Scottish Certificate of Education, 1962
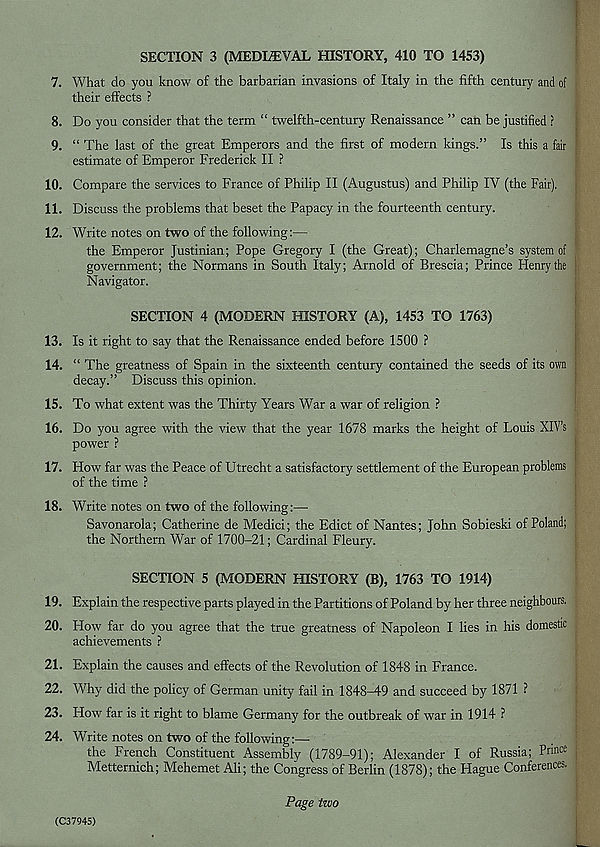
SECTION 3 (MEDIAEVAL HISTORY, 410 TO 1453)
7. What do you know of the barbarian invasions of Italy in the fifth century and of
their effects ?
8. Do you consider that the term “ twelfth-century Renaissance ” can be justified ?
9. “ The last of the great Emperors and the first of modern kings.” Is this a fair
estimate of Emperor Frederick II ?
10. Compare the services to France of Philip II (Augustus) and Philip IV (the Fair).
11. Discuss the problems that beset the Papacy in the fourteenth century.
12. Write notes on two of the following:—
the Emperor Justinian; Pope Gregory I (the Great); Charlemagne’s system of
government; the Normans in South Italy; Arnold of Brescia; Prince Henry the ;
Navigator.
SECTION 4 (MODERN HISTORY (A), 1453 TO 1763)
13. Is it right to say that the Renaissance ended before 1500 ?
14. “ The greatness of Spain in the sixteenth century contained the seeds of its own ;
decay.” Discuss this opinion.
15. To what extent was the Thirty Years War a war of religion ?
16. Do you agree with the view that the year 1678 marks the height of Louis XIV’s
power ?
17. How far was the Peace of Utrecht a satisfactory settlement of the European problems
of the time ?
18. Write notes on two of the following:—
Savonarola; Catherine de Medici; the Edict of Nantes; John Sobieski of Poland;
the Northern War of 1700-21; Cardinal Fleury.
SECTION 5 (MODERN HISTORY (B), 1763 TO 1914)
19. Explain the respective parts played in the Partitions of Poland by her three neighbours.
20. How far do you agree that the true greatness of Napoleon I lies in his domestic
achievements ?
21. Explain the causes and effects of the Revolution of 1848 in France.
22. Why did the policy of German unity fail in 1848-49 and succeed by 1871 ?
23. Plow far is it right to blame Germany for the outbreak of war in 1914 ?
24. Write notes on two of the following:—
the French Constituent Assembly (1789-91); Alexander I of Russia; Prince j
Metternich; Mehemet Ali; the Congress of Berlin (1878); the Hague Conferences.
Page two
(C3794S)